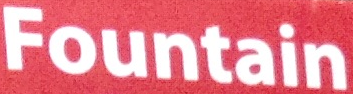
Fountain